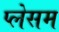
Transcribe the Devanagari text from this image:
प्लेसम